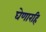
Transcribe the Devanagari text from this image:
घेणारहि